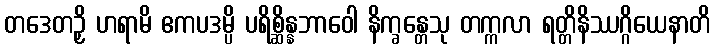
တဒေတဉှိ ဟရာမိ ဧကပဒမ္ပိ ပရိစ္ဆိန္နဘာဝေါ နိက္ခန္တေသု တက္ကလာ ရတ္တိနိဿဂ္ဂိယေနာတိ